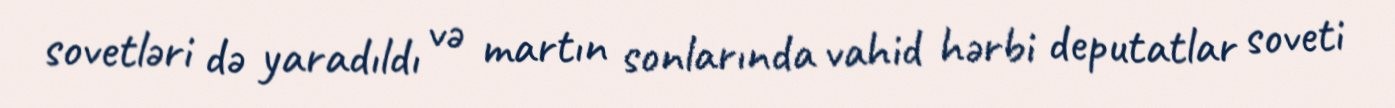
sovetləri də yaradıldı və martın sonlarında vahid hərbi deputatlar soveti